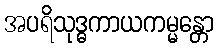
အပရိသုဒ္ဓကာယကမ္မန္တော